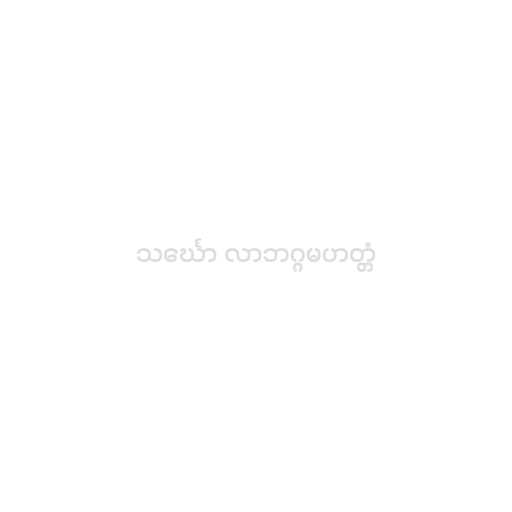
သင်္ဃော လာဘဂ္ဂမဟတ္တံ